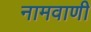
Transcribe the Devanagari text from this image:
नामवाणी